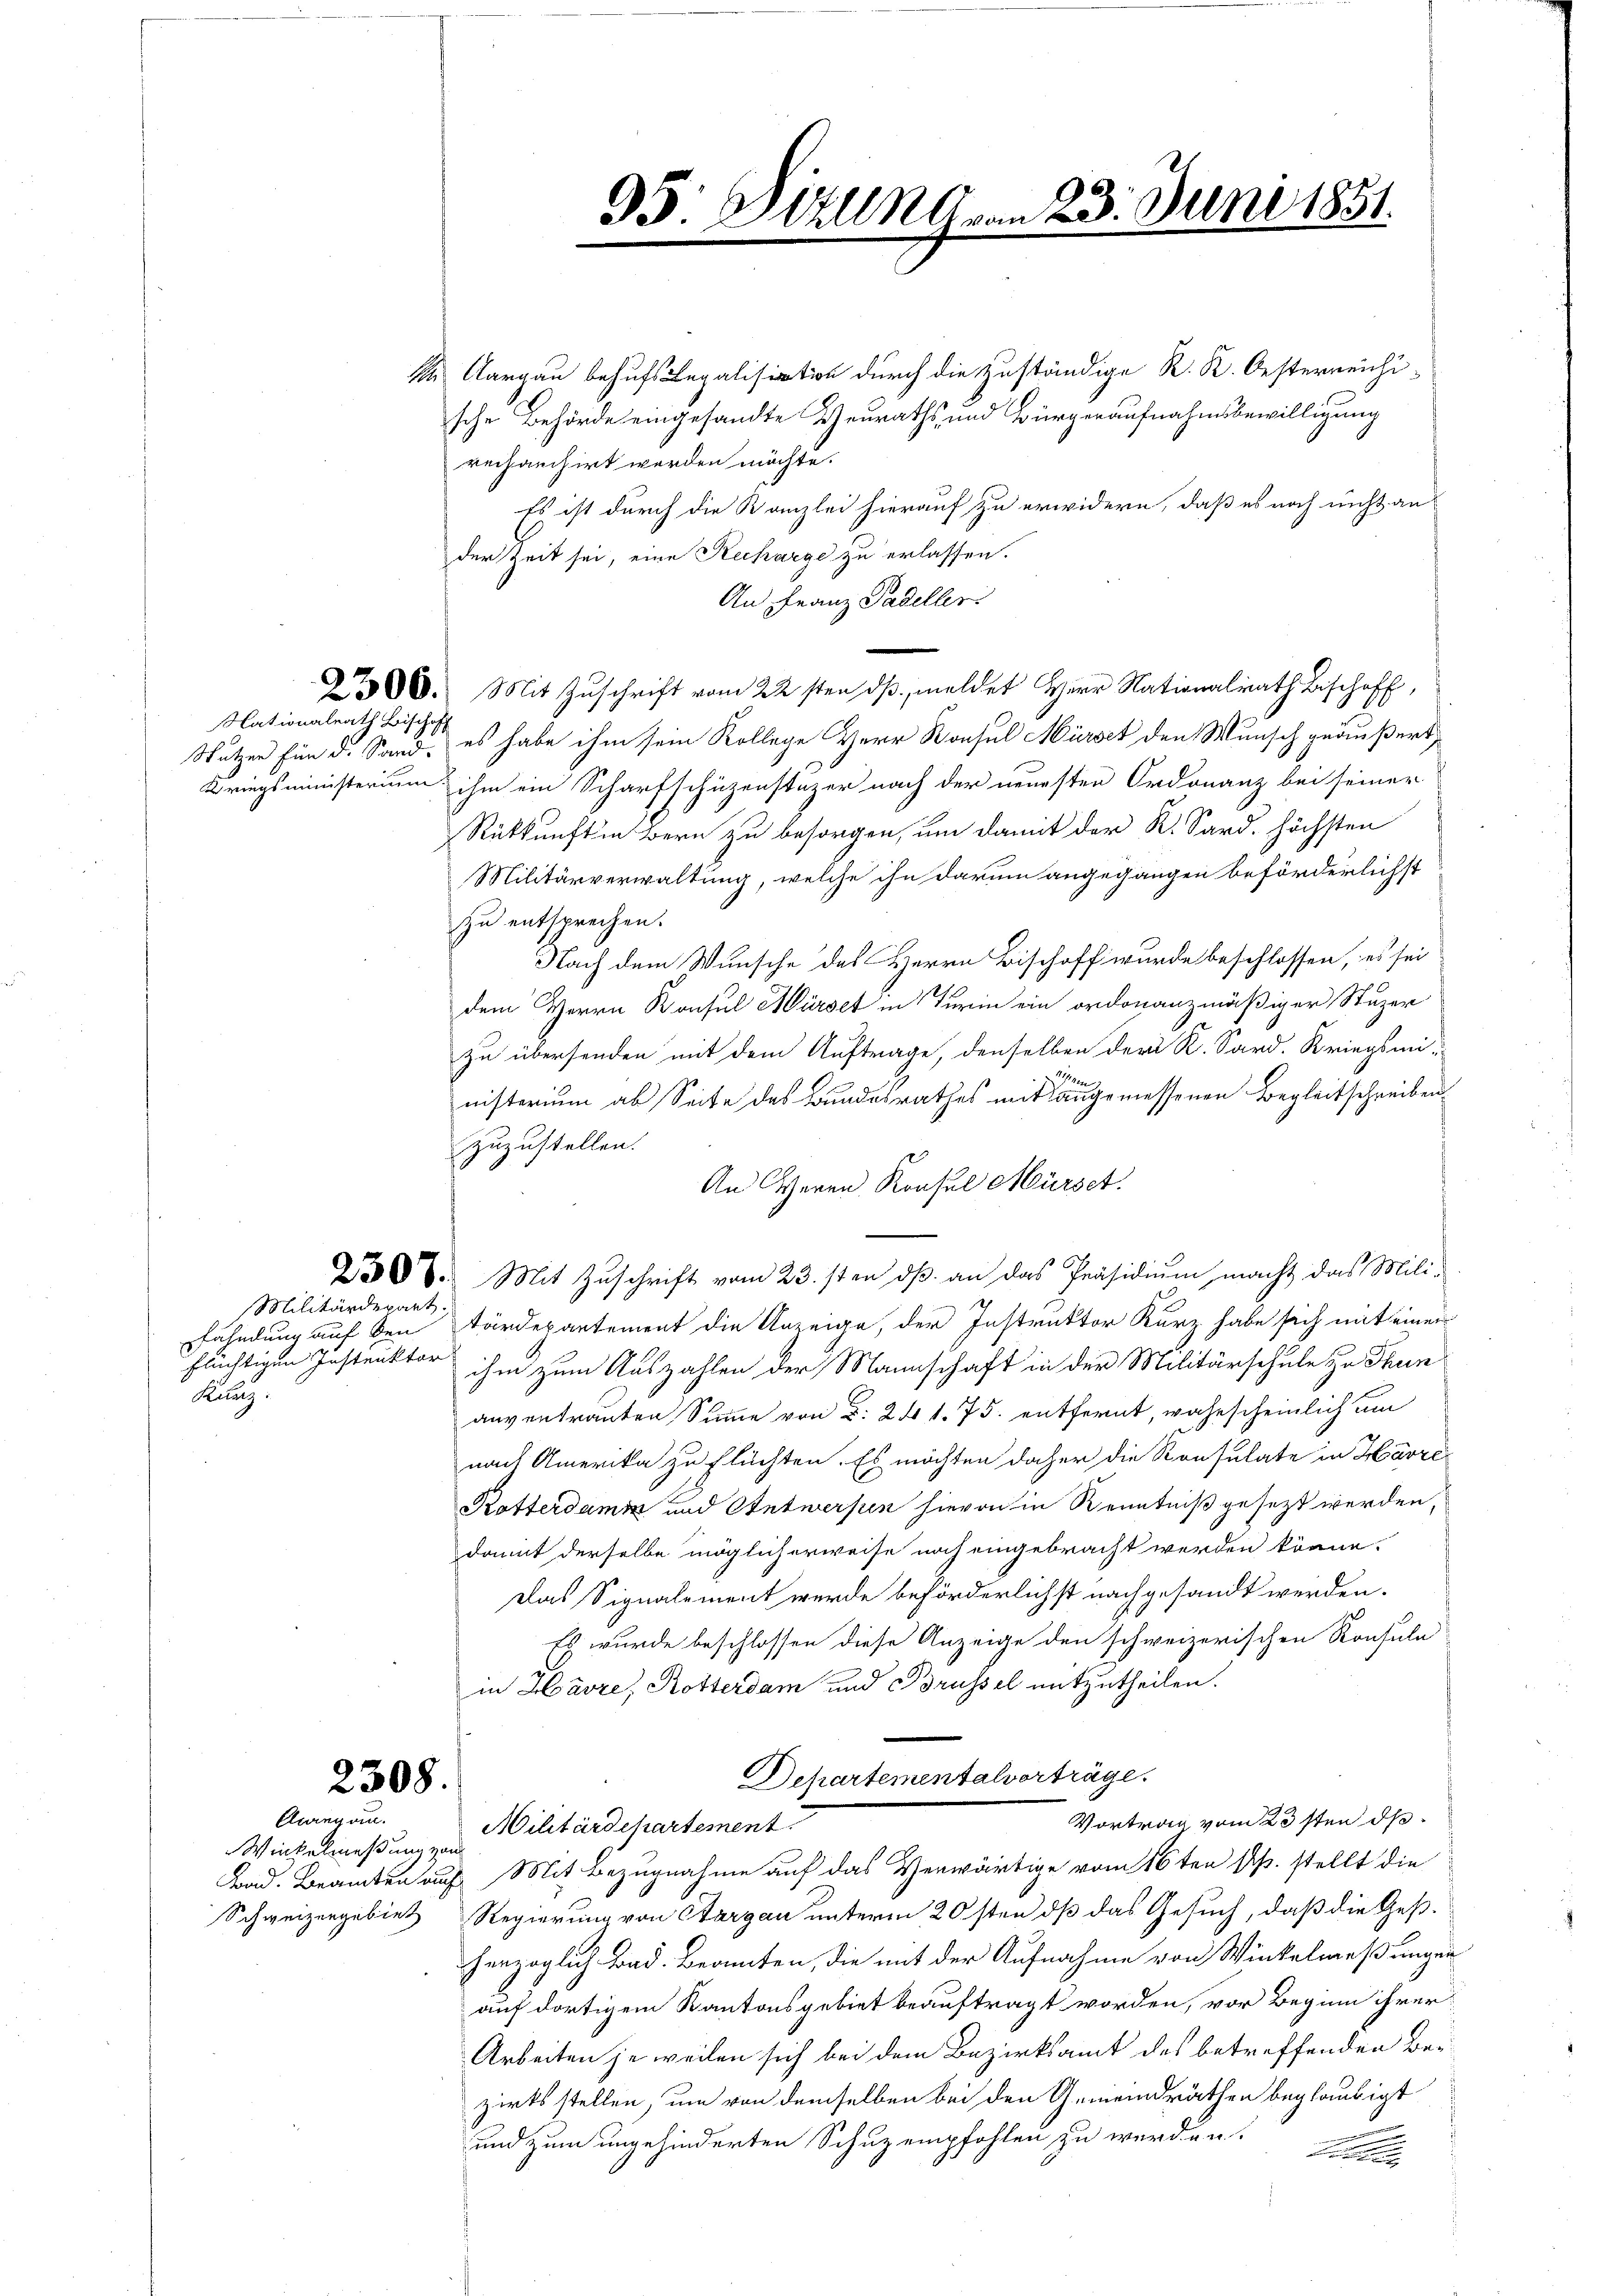
Aargau behufs Legalisation durch die Zuständige K. K. Oesterreichi-
sche Behörde eingesandte Heuraths- und Bürgeraufnahmsbewilligung
rechanchirt werden möchte.
Es ist durch die Kanzlei hierauf zu erwidern, daß es noch nicht an
der Zeit sei, eine Recharge zu erlassen.
An Franz Padeller
300. Mit Zuschrift vom 22sten dβ meldet Herr Nationalrath Beschaff,
Stutzen für d. Sand, es habe ihm sein Kollege Herr Konsul Mürses den Wunsch geäußert,
Kriegsministerium ihm ein Scharfschüzenstazer nach der neuesten Ordonanz bei seiner
Rükkunft in Bern zu besorgen, um damit der K. Sard, höchsten
Militärverwaltung, welche ihn darum angegangen beförderlichst
zu entsprechen.
Nach dem Wunsche des Herrn Bischoff wurde beschlossen, es sei
dem Herrn Konsul Marset in Turin ein ordonanzmäßiger Stuzer
zu übersenden mit dem Auftrage, denselben der K. Sard. Kriegsmi-
14.
nisterium ab Seite des Bundesrathes mit angemessenen Begleitschreiben
zuzustellen.
An Herrn Konsul Mürse.
2388. Mit Zŭschrift vom 23. sten dβ an das Präsidiŭm, macht das Mili-
h
fahndung auf den Tärdepartement die Anzeige, der Instruktor Kurz habe sich mit einer
flüchtigen Instruktor ihm zum Auszahlen der Mannschaft in der Militärschule zu Thun
anvertrauten Summe von d. 241. 75. entfernt, wahrscheinlich um
nach Amerika zu flüchten. Es möchten daher die Konsulate in Havre
Kotterdame und Antwerpen hievon in Kenntniß gesezt werden,
damit derselbe möglicherweise noch eingebracht werden könne.
Das Signalement werde beförderlichst nachgesandt werden.
Es wurde beschlossen diese Anzeige den schweizerischen Konsule
in Havre, Rotterdam und Brüssel mitzutheilen.
Departementalverträge.
Vortrag vom 23sten ds
Militärdepartement.
Bad. Beamten auf Mit Bezugnahme auf das Verwärtige vom 16ten pp. stellt die
Schweizergebiet Regierung von Sargau unterm 20sten dß das Gesuch, daß die Gesherzoglich Bad. Beamten, die mit der Aufnahme von Winkelmeßungen
auf dortigem Kantonsgebiet beauftragt worden, vor Beginn ihrer
Arbeiten je weilen sich bei dem Bezirksamt des betreffenden Bezirks stellen, um von demselben bei den Gemeindräthen beglaubigt
und zum ungehinderten Schuz empfohlen zu werden. E

Nationalrath Bischoff

Militärdepart.
Kilanz:

2308.

Clung an.
Winkelmessung von

21
95: Ball Gran 23. Juni 1851.